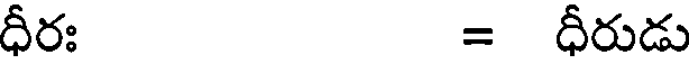
ధీరః = ధీరుడు